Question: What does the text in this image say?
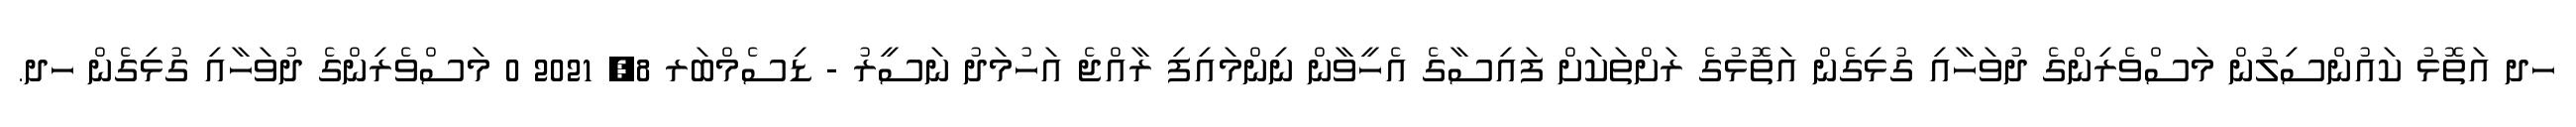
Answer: ހދ އަތޮޅު ކައުންސިލުން މަސްވެރިންގެ ދުވަހާއި ގުޅިގެން އަތޮޅުގެ ރަށްތަކަށް ފައިސާގެ އެހީވާން ނިންމައިފި ރާއްޖެ އަހުމަދު ނަސީރު - ޑިސެމްބަރ 8, 2021 0 މަސްވެރިންގެ ދުވަހާއި ގުޅިގެން ހދ.